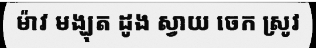
ម៉ាវ មង្ឃុត ដូង ស្វាយ ចេក ស្រូវ